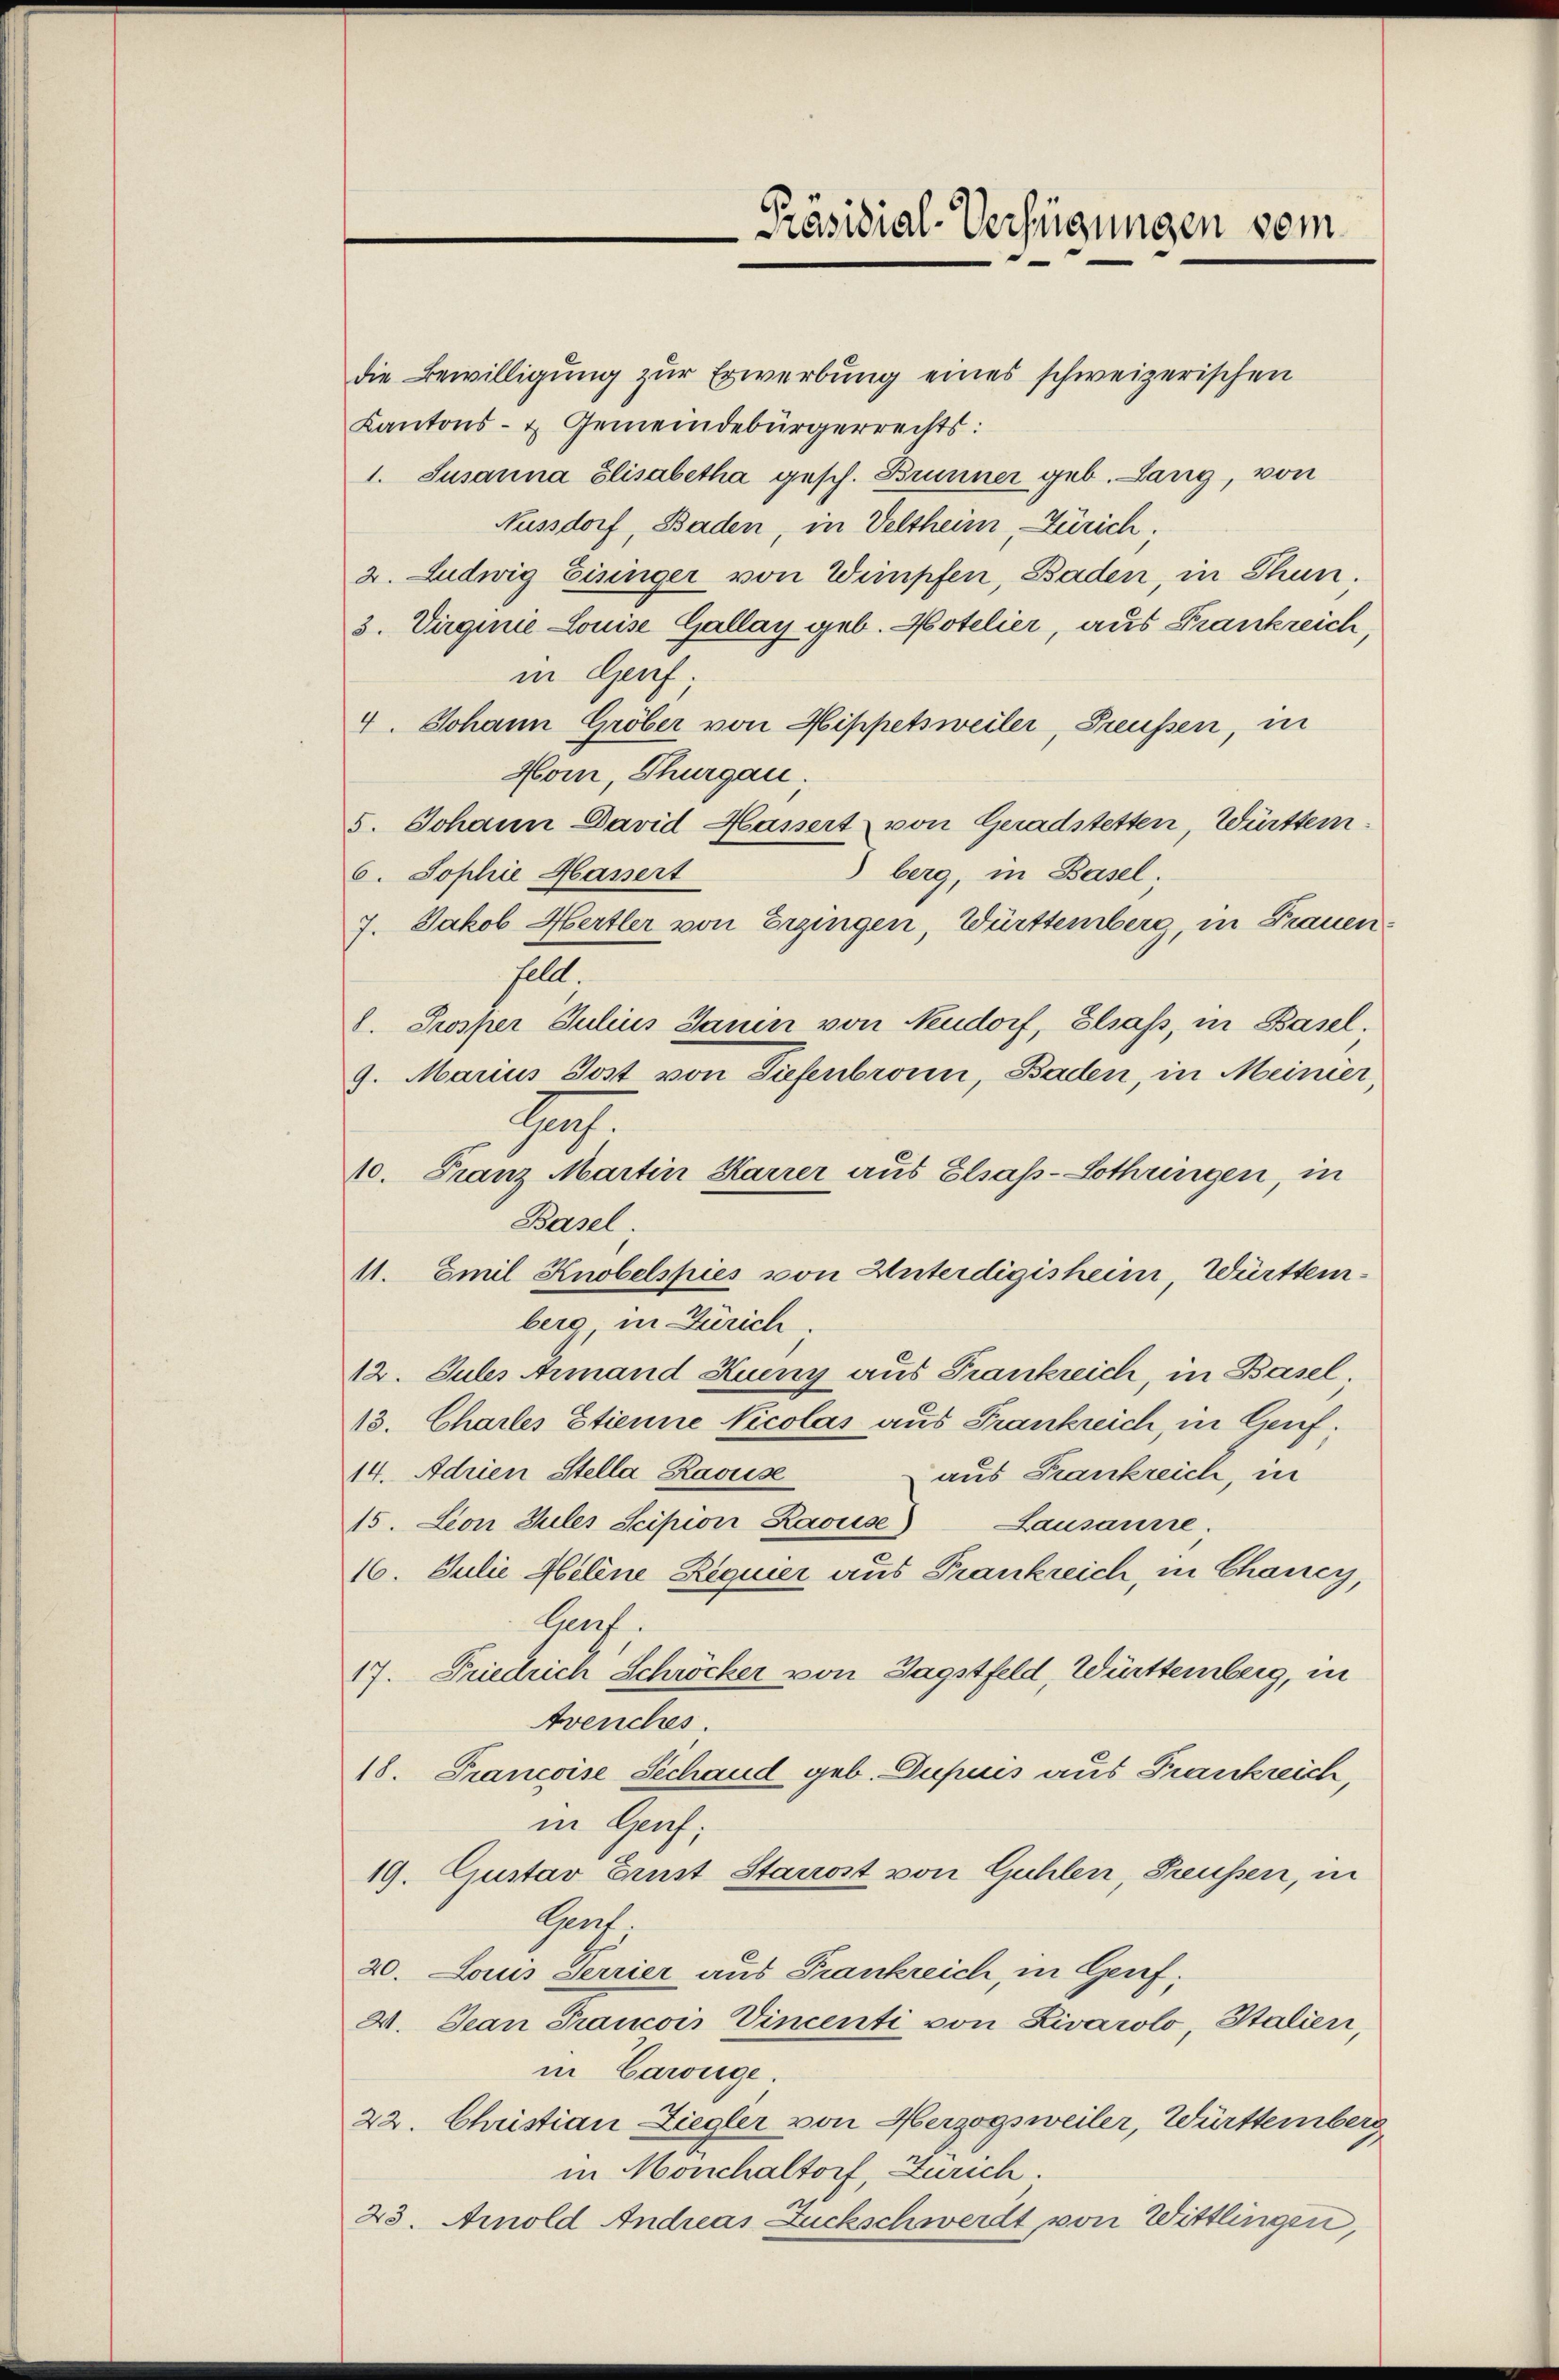
die Bewilligung zur Erwerbung eines schweizerischen
Kantons- & Gemeindebürgerrechts:
1. Susanna Elisabetha gesch. Brunner geb. Lang, von
Aussdorf, Baden, in Veltheim Zürich.
2. Ludwig Eisinger von Wimpfen, Baden, in Thun.
3. Virginie Louise Gallay geb. Hotelier, aus Frankreich
in Genf
4. Johann Gröber von Hippetsweiler, Preußen, in
Hom, Thurgau.
5. Johann David Hassert von Geradstetten, Württemberg, in Basel;
6. Sophie Hassert
7. Jakob Hertler von Erzingen, Württemberg, in Frauenhellt.
l. Prosper Julius Janin von Neudorf, Elsass, in Basel.
9. Marius Jost von Tiefenbronn, Baden, in Meinier,
1.
10. Franz Martin Karrer aus Elsass-Lothringen, in
Basel.
11. Emil Knobelspies von Unterdigisheim, Württemberg, in Zürich.
12. Julis Armand Kueny aus Frankreich, in Basel.
13. Chartes Etienne Nicolas aus Frankreich, in Lauf.
14. Adrien Stella Ravise
aus Frankreich, in
15. Leon Jules Scipion Laouise)
Lausanne.
16. Julii Meline Requier aus Frankreich, in Chancy,
Graf.
17. Friedrich Schröcker von Sagstfeld, Württemberg, in
Avenches.
18. Francoise Schand geb. Dupuis aus Frankreich,
in Genf;
19. Gustav Ernst Stanost von Guhlen, Preußen, in
Sperrt
20. Louis Terrier aus Frankreich, in Genf,
V. Jean Francois Vincenti von Livárolo, Italien,
in Cawiege.
22. Christian Ziegler von Herzogsweiler, Württemberg
in Monchaltorf, Zürich.
23. Arnold Andreas Zuckschwerdt von Wittlingen,

Präsidial-Verfügungen vom